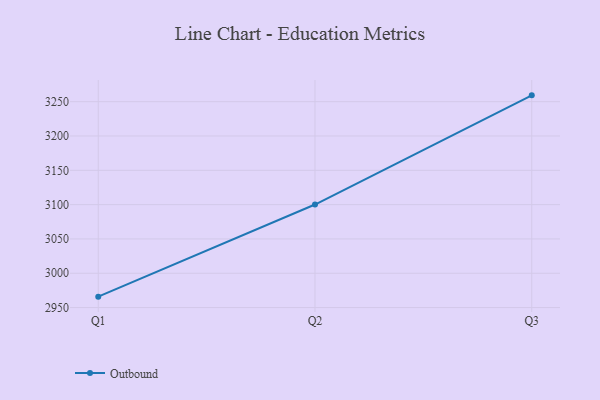
{"axis": {"x": "Quarter", "y": "Waste Production (Tons)"}, "legend": ["Outbound"], "data": [{"x": "Q1", "y": 2965.9, "type": "Outbound"}, {"x": "Q2", "y": 3100.1, "type": "Outbound"}, {"x": "Q3", "y": 3259.2, "type": "Outbound"}]}